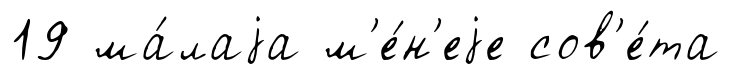
19 ма́лаjа м'е́н'еjе сов'е́та